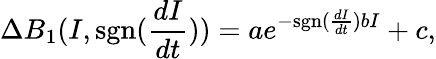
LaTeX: \Delta{B_{1}}(I,\mathrm{sgn}(\frac{dI}{dt}))=ae^{-\mathrm{sgn}(\frac{dI}{dt})bI}+c,